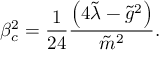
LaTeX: \beta _ { c } ^ { 2 } = \frac { 1 } { 2 4 } \frac { \left( 4 \tilde { \lambda } - { \tilde { g } } ^ { 2 } \right) } { \tilde { m } ^ { 2 } } .